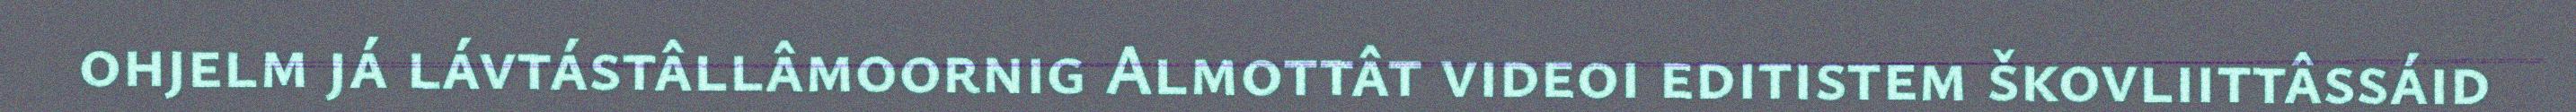
ohjelm já lávtástâllâmoornig Almottât videoi editistem škovliittâssáid